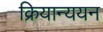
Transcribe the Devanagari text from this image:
क्रियान्ययन